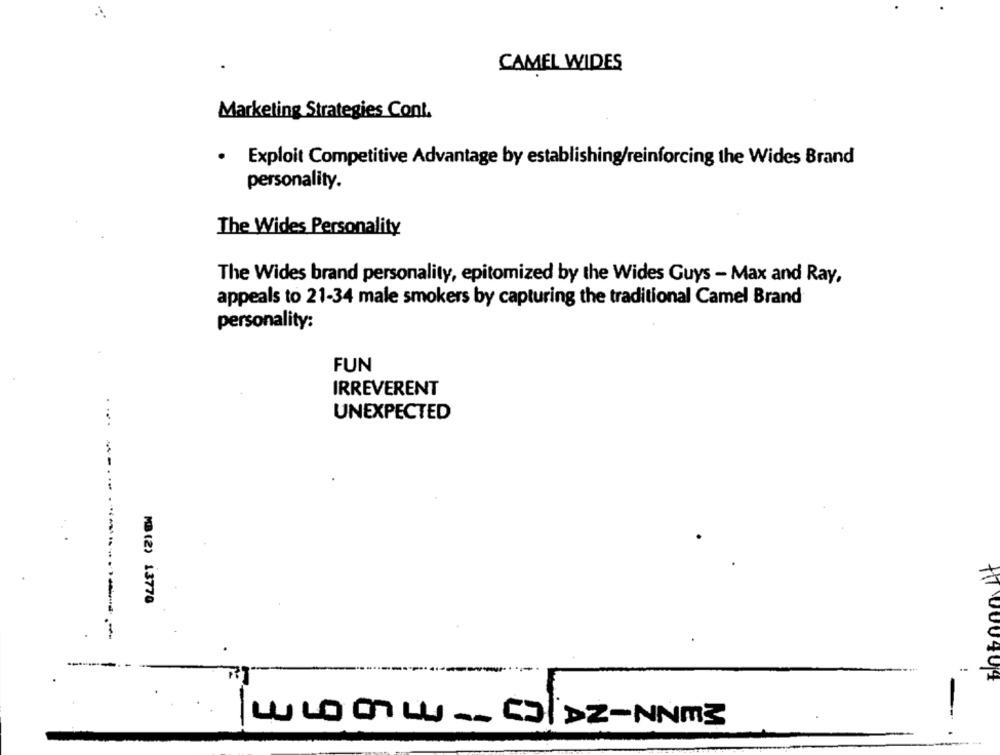
CAMEL WIDES
Marketing Strategies Cont.
Exploit Competitive Advantage by establishing/reinforcing the Wides Brand
personality.
The Wides Personality
The Wides brand personality, epitomized by the Wides Guys - Max and Ray,
appeals to 21-34 male smokers by capturing the traditional Camel Brand
personality:
FUN
IRREVERENT
UNEXPECTED
MB (2) 13770
----------
17000404
LLOOLL -- COLDZ-NNM3